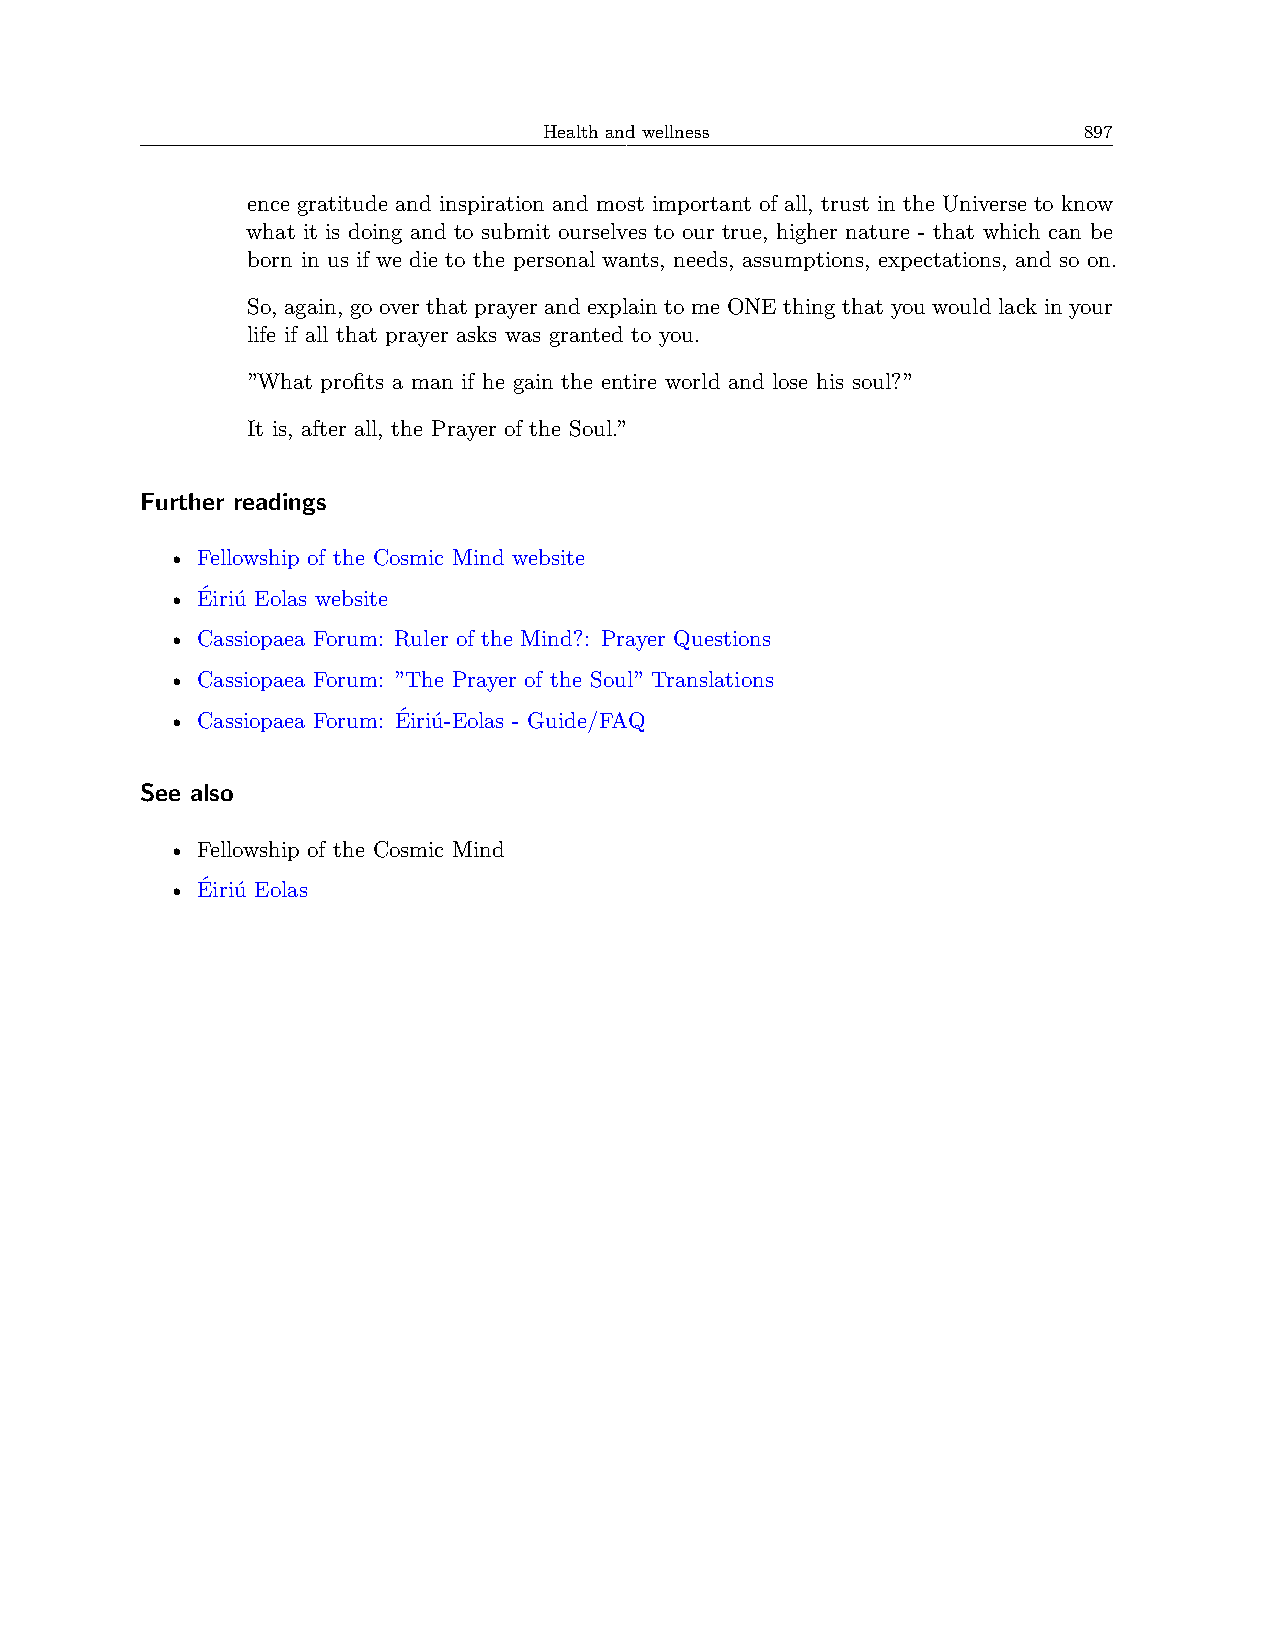
Health and wellness                 897
 ence gratitude and inspiration and most important of all, trust in the Universe to know
 what it is doing and to submit ourselves to our true, higher nature - that which can be
 born in us if we die to the personal wants, needs, assumptions, expectations, and so on.
 So, again, go over that prayer and explain to me ONE thing that you would lack in your
 life if all that prayer asks was granted to you.
 ”What profits a man if he gain the entire world and lose his soul?”
 It is, after all, the Prayer of the Soul.”
 Further readings
 • Fellowship of the Cosmic Mind website
 • Éiriú Eolas website
 • Cassiopaea Forum: Ruler of the Mind?: Prayer Questions
 • Cassiopaea Forum: ”The Prayer of the Soul” Translations
 • Cassiopaea Forum: Éiriú-Eolas - Guide/FAQ
 See also
 • Fellowship of the Cosmic Mind
 • Éiriú Eolas